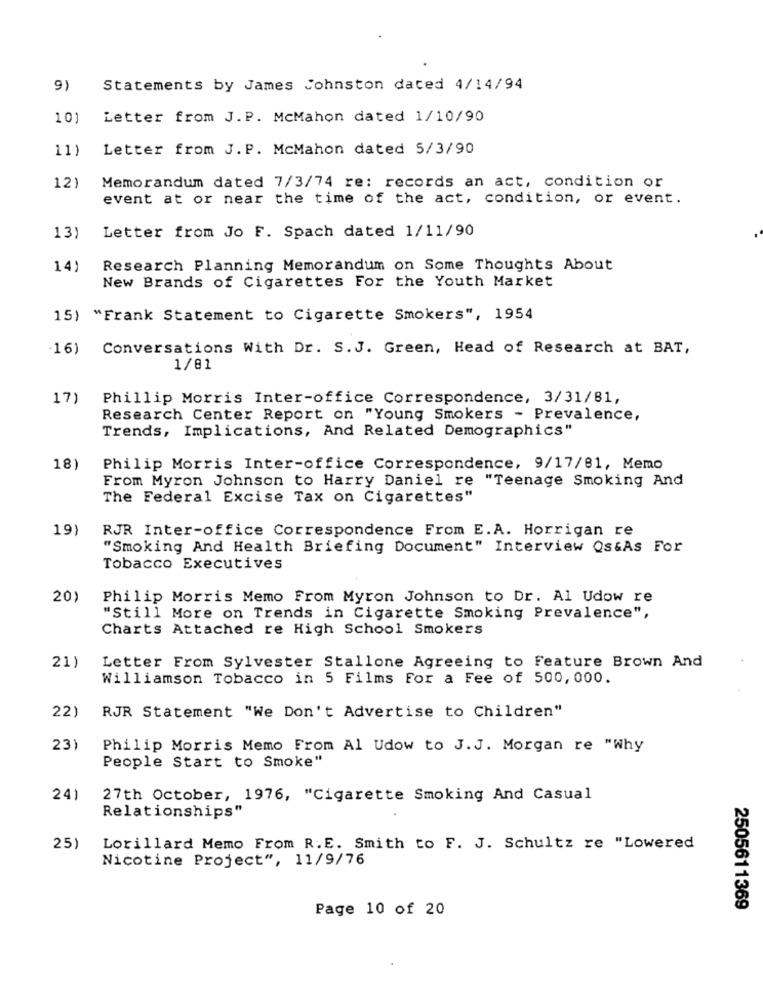
9)
Statements by James Johnston dated 4/14/94
10)
Letter from J. P. McMahon dated 1/10/90
11)
Letter from J. P. McMahon dated 5/3/90
12)
Memorandum dated 7/3/74 re: records an act, condition or
event at or near the time of the act, condition, or event.
Letter from Jo F. Spach dated 1/11/90
13)
14)
Research Planning Memorandum on Some Thoughts About
New Brands of Cigarettes For the Youth Market
15) "Frank Statement to Cigarette Smokers", 1954
.16)
Conversations With Dr. S. J. Green, Head of Research at BAT,
1/01
17)
Phillip Morris Inter-office Correspondence, 3/31/81,
Research Center Report on "Young Smokers - Prevalence,
Trends, Implications, And Related Demographics"
18)
Philip Morris Inter-office Correspondence, 9/17/81, Memo
From Myron Johnson to Harry Daniel re "Teenage Smoking And
The Federal Excise Tax on Cigarettes"
19)
RJR Inter-office Correspondence From E.A. Horrigan re
"Smoking And Health Briefing Document" Interview Qs&As For
Tobacco Executives
20)
Philip Morris Memo From Myron Johnson to Dr. Al Udow re
"Still More on Trends in Cigarette Smoking Prevalence",
Charts Attached re High School Smokers
Letter From Sylvester Stallone Agreeing to Feature Brown And
21)
Williamson Tobacco in 5 Films For a Fee of 500,000.
22)
RJR Statement "We Don't Advertise to Children"
23)
Philip Morris Memo From Al Udow to J. J. Morgan re "why
People Start to Smoke"
24)
27th October, 1976, "Cigarette Smoking And Casual
Relationships"
25)
Lorillard Memo From R.E. Smith to F. J. Schultz re "Lowered
Nicotine Project", 11/9/76
Page 10 of 20
2505611369